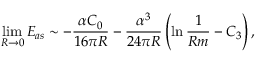
\operatorname * { l i m } _ { R \rightarrow 0 } E _ { a s } \sim - \frac { \alpha C _ { 0 } } { 1 6 \pi R } - \frac { \alpha ^ { 3 } } { 2 4 \pi R } \left( \ln \frac { 1 } { R m } - C _ { 3 } \right) ,